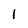
Character: l